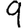
Digit: 9